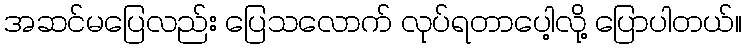
အဆင်မပြေလည်း ပြေသလောက် လုပ်ရတာပေါ့လို့ ပြောပါတယ်။